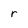
Character: r